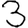
Digit: 3